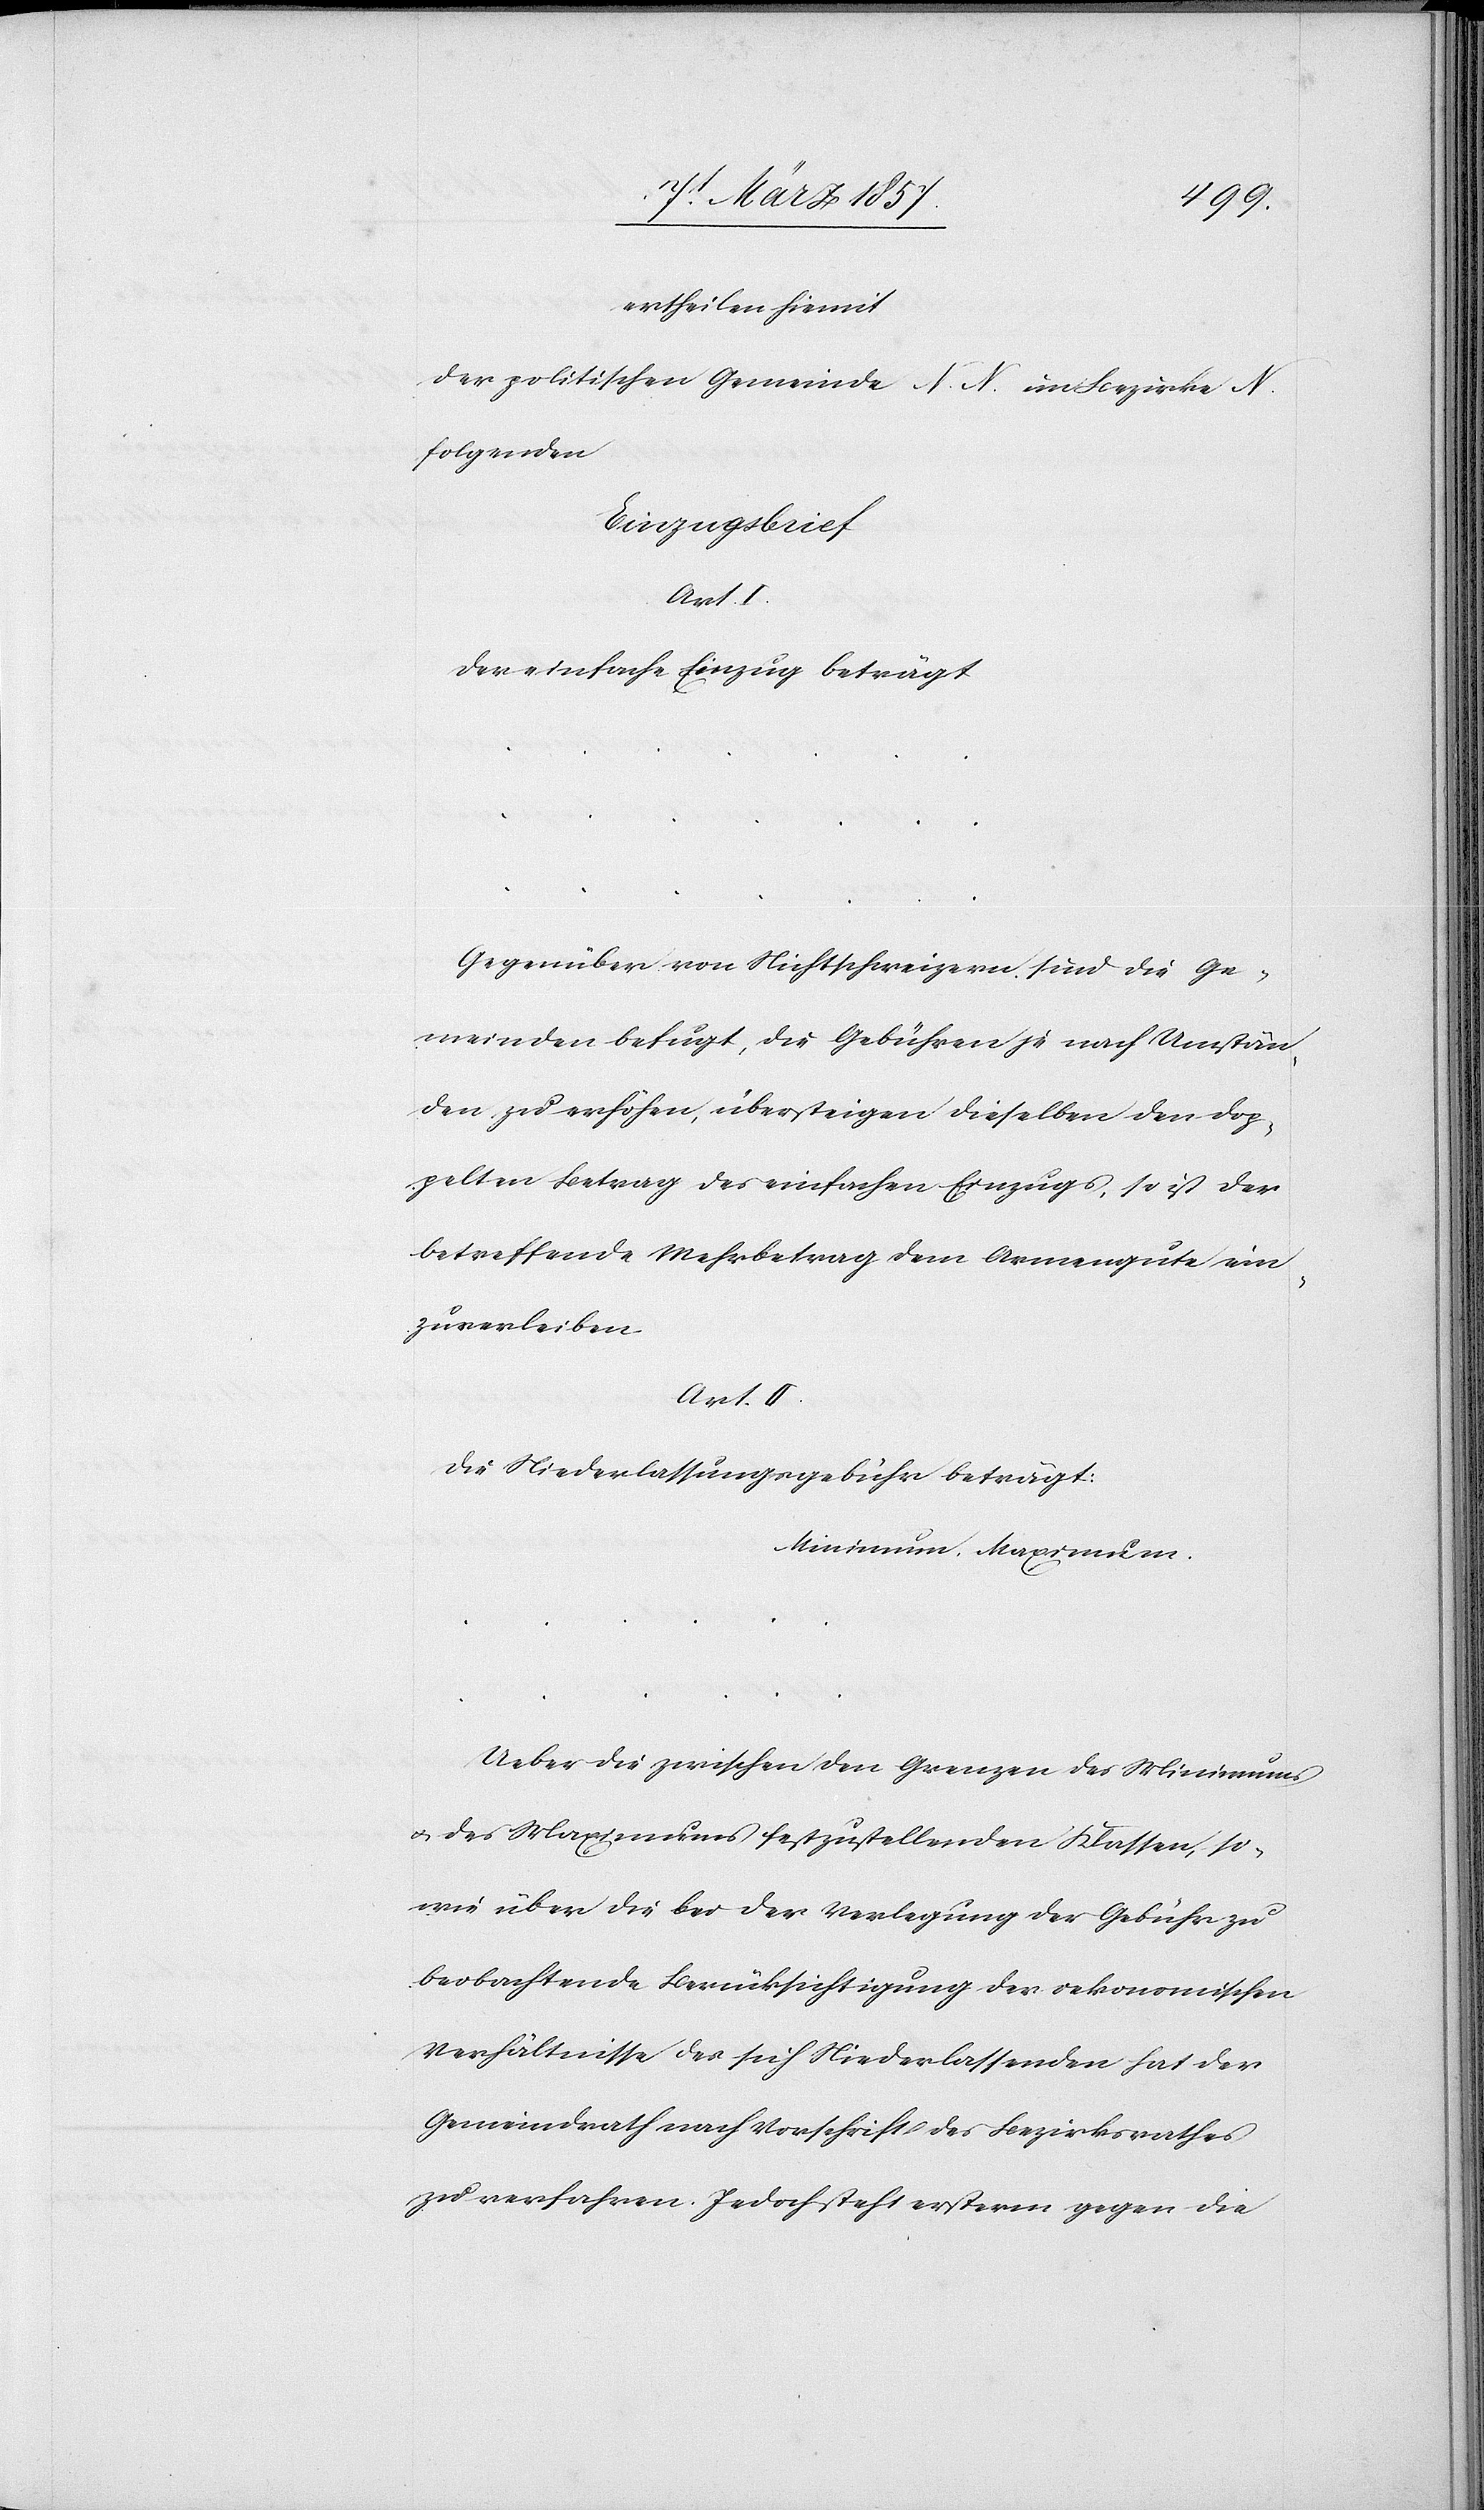
ertheilen hiemit
der politischen Gemeinde N. N. im Bezirke N.
folgenden
Einzugsbrief
Art. I.
Der einfache Einzug beträgt
Gegenüber von Nichtschweizern sind die Ge¬
meinden befugt, die Gebühren je nach Umstän¬
den zu erhöhen, übersteigen dieselben den dop¬
pelten Betrag des einfachen Einzugs, so ist der
betreffende Mehrbetrag dem Armengute ein¬
zuverleiben.
Art. II.
Die Niederlassungsgebühr beträgt:
Minimum, Maximum.
Ueber die zwischen den Grenzen des Minimums
u. des Maximums festzustellenden Klassen, so¬
wie über die bei der Verlegung der Gebühr zu
beobachtende Berücksichtigung der oekonomischen
Verhältnisse des sich Niederlassenden hat der
Gemeindrath nach Vorschrift des Bezirksrathes
zu verfahren. Jedoch steht ersterm gegen die